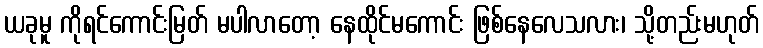
ယခုမူ ကိုရင်ကောင်းမြတ် မပါလာတော့ နေထိုင်မကောင်း ဖြစ်နေလေသလား၊ သို့တည်းမဟုတ်